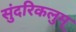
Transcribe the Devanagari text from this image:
सुंदरिकलुम्